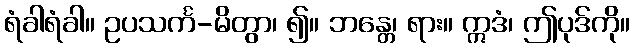
ရံခါရံခါ။ ဥပသင်္က-မိတွာ၊ ၍။ ဘန္တေ၊ ရား။ ဣဒံ၊ ဤပုဒ်ကို။